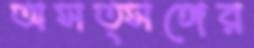
অসত্সঙ্গের